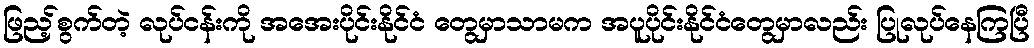
ဖြည့်စွက်တဲ့ လုပ်ငန်းကို အအေးပိုင်းနိုင်ငံ တွေမှာသာမက အပူပိုင်းနိုင်ငံတွေမှာလည်း ပြုလုပ်နေကြပြီ